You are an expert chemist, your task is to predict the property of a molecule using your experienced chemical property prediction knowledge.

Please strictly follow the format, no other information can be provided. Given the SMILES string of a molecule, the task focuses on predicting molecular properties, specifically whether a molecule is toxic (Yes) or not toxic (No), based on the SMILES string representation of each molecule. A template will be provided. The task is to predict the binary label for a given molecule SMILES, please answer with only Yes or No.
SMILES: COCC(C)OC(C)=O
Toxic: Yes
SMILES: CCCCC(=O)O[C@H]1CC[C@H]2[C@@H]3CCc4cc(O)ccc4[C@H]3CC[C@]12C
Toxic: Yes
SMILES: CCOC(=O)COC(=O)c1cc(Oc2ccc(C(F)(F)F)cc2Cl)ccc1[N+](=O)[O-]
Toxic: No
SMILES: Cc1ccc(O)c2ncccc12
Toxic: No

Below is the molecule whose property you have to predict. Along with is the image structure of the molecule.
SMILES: C=C(C)[C@H]1CC=C(C)C(=O)C1
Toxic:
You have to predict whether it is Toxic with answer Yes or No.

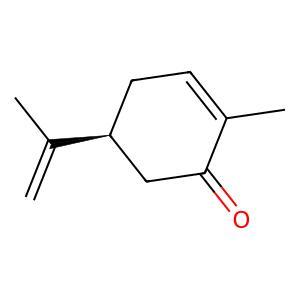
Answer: No